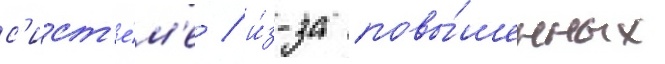
с'ист'е́м'е / и́з-за повы́шенных